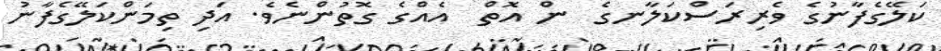
ކަލޭގެފާނުގެ ވެރިރަސްކަލާނގެ  ން އޮތް  އެއްގެ ގޮތުންނެވެ. އަދި ތިމަންކަލޭގެފާނު